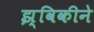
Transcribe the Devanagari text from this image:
झ्विकीने